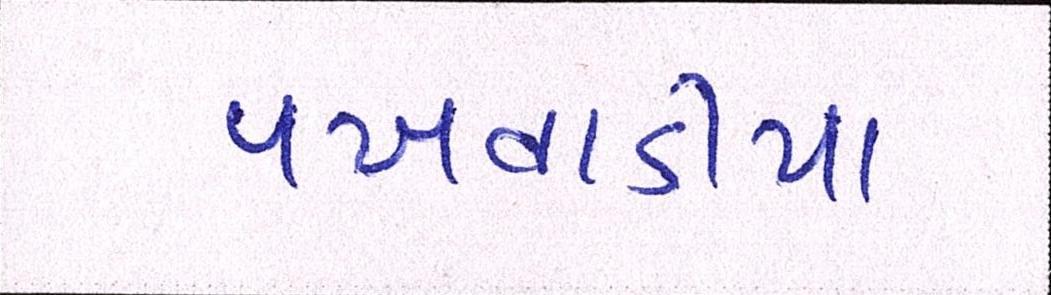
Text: પખવાડીયા